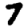
Digit: 7